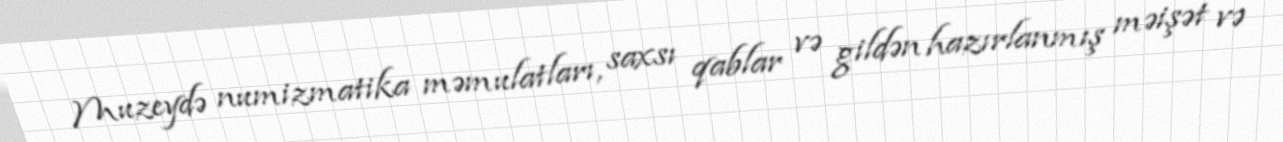
Muzeydə numizmatika məmulatları, saxsı qablar və gildən hazırlanmış məişət və